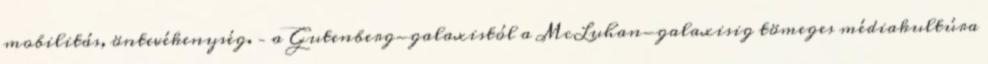
mobilitás, öntevékenység. – a Gutenberg-galaxistól a McLuhan-galaxisig tömeges médiakultúra